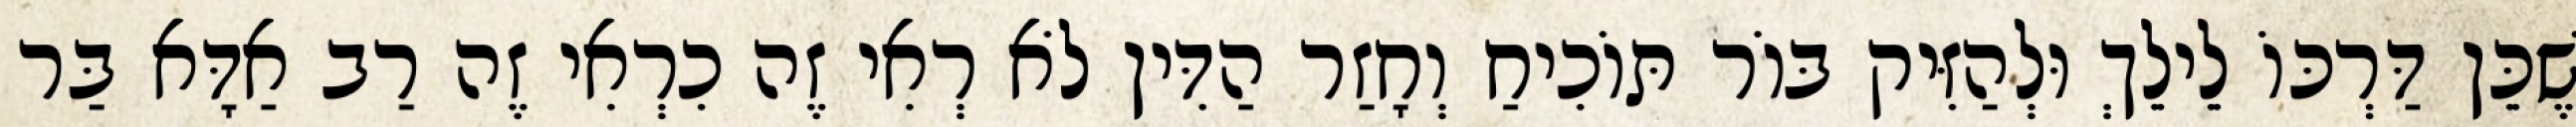
שֶׁכֵּן דַּרְכּוֹ לֵילֵךְ וּלְהַזִּיק בּוֹר תּוֹכִיחַ וְחָזַר הַדִּין לֹא רְאִי זֶה כִרְאִי זֶה רַב אַדָּא בַּר